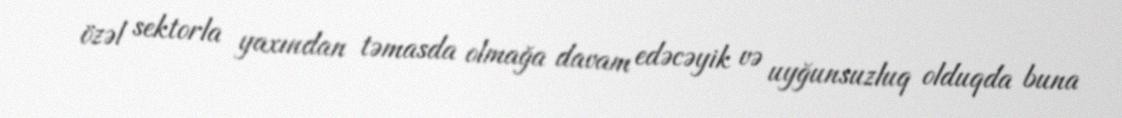
özəl sektorla yaxından təmasda olmağa davam edəcəyik və uyğunsuzluq olduqda buna